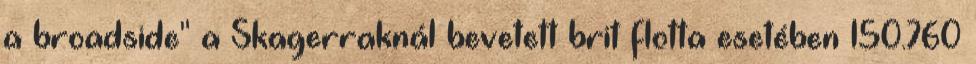
a broadside" a Skagerraknál bevetett brit flotta esetében 150.760